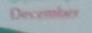
december